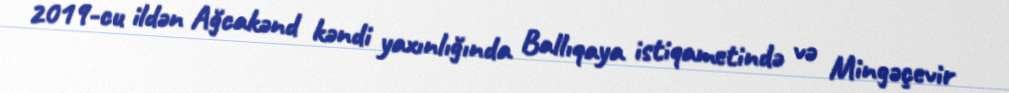
2019-cu ildən Ağcakənd kəndi yaxınlığında Ballıqaya istiqametində və Mingəçevir